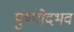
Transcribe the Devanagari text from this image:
पुष्पोदभव